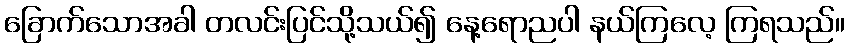
ခြောက်သောအခါ တလင်းပြင်သို့သယ်၍ နေ့ရောညပါ နယ်ကြလေ့ ကြရသည်။